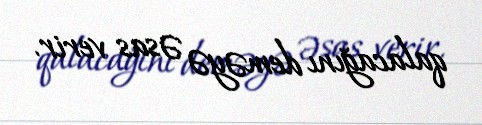
qalacağını deməyə əsas verir.